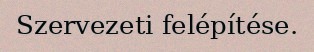
Szervezeti felépítése.